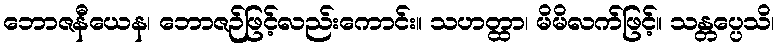
ဘောဇနီယေန၊ ဘောဇဉ်ဖြင့်လည်းကောင်း။ သဟတ္ထာ၊ မိမိလက်ဖြင့်။ သန္တပ္ပေသိ၊